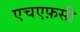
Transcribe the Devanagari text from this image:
एचएफ़सी